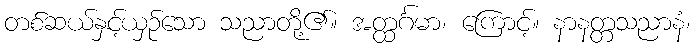
တစ်ဆယ်နှင့်ယှဉ်သော သညာတို့၏။ အတ္ထင်္ဂမာ၊ ကြောင့်။ နာနတ္တသညာနံ၊